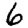
Digit: 6